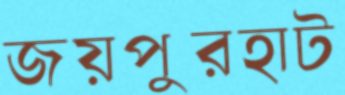
জয়পুরহাট